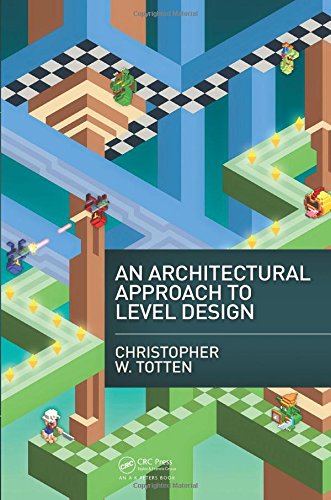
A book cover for An Architectural Approach to Level Design; Christopher W. Totten; Computers & Technology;